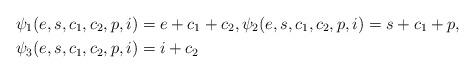
LaTeX: \begin{align*} &\psi_1(e,s,c_1,c_2,p,i)=e+c_1+c_2,\psi_2(e,s,c_1,c_2,p,i)=s+c_1+p,\\ &\psi_3(e,s,c_1,c_2,p,i)=i+c_2 \end{align*}